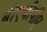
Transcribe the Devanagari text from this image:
बीएवीपीए